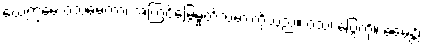
ယေဣမေ ဝံသဓမကာ၊ အကြင်မြွေမှုတ်သမားတို့သည်။ ဝံသံ၊ ပြွေကို။ ဓမေန္တိ၊